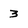
Character: 3